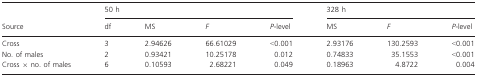
<table><thead><tr><td></td><td colspan="4"><b>50 h</b></td><td colspan="3"><b>328 h</b></td></tr><tr><td><b>Source</b></td><td><b>df</b></td><td><b>MS</b></td><td><b><i>F</i></b></td><td><b><i>P-</i>level</b></td><td><b>MS</b></td><td><b><i>F</i></b></td><td><b><i>P-</i>level</b></td></tr></thead><tbody><tr><td>Cross</td><td>3</td><td>2.94626</td><td>66.61029</td><td>&lt;0.001</td><td>2.93176</td><td>130.2593</td><td>&lt;0.001</td></tr><tr><td>No. of males</td><td>2</td><td>0.93421</td><td>10.25178</td><td>0.012</td><td>0.74833</td><td>35.1553</td><td>&lt;0.001</td></tr><tr><td>Cross × no. of males</td><td>6</td><td>0.10593</td><td>2.68221</td><td>0.049</td><td>0.18963</td><td>4.8722</td><td>0.004</td></tr></tbody></table>